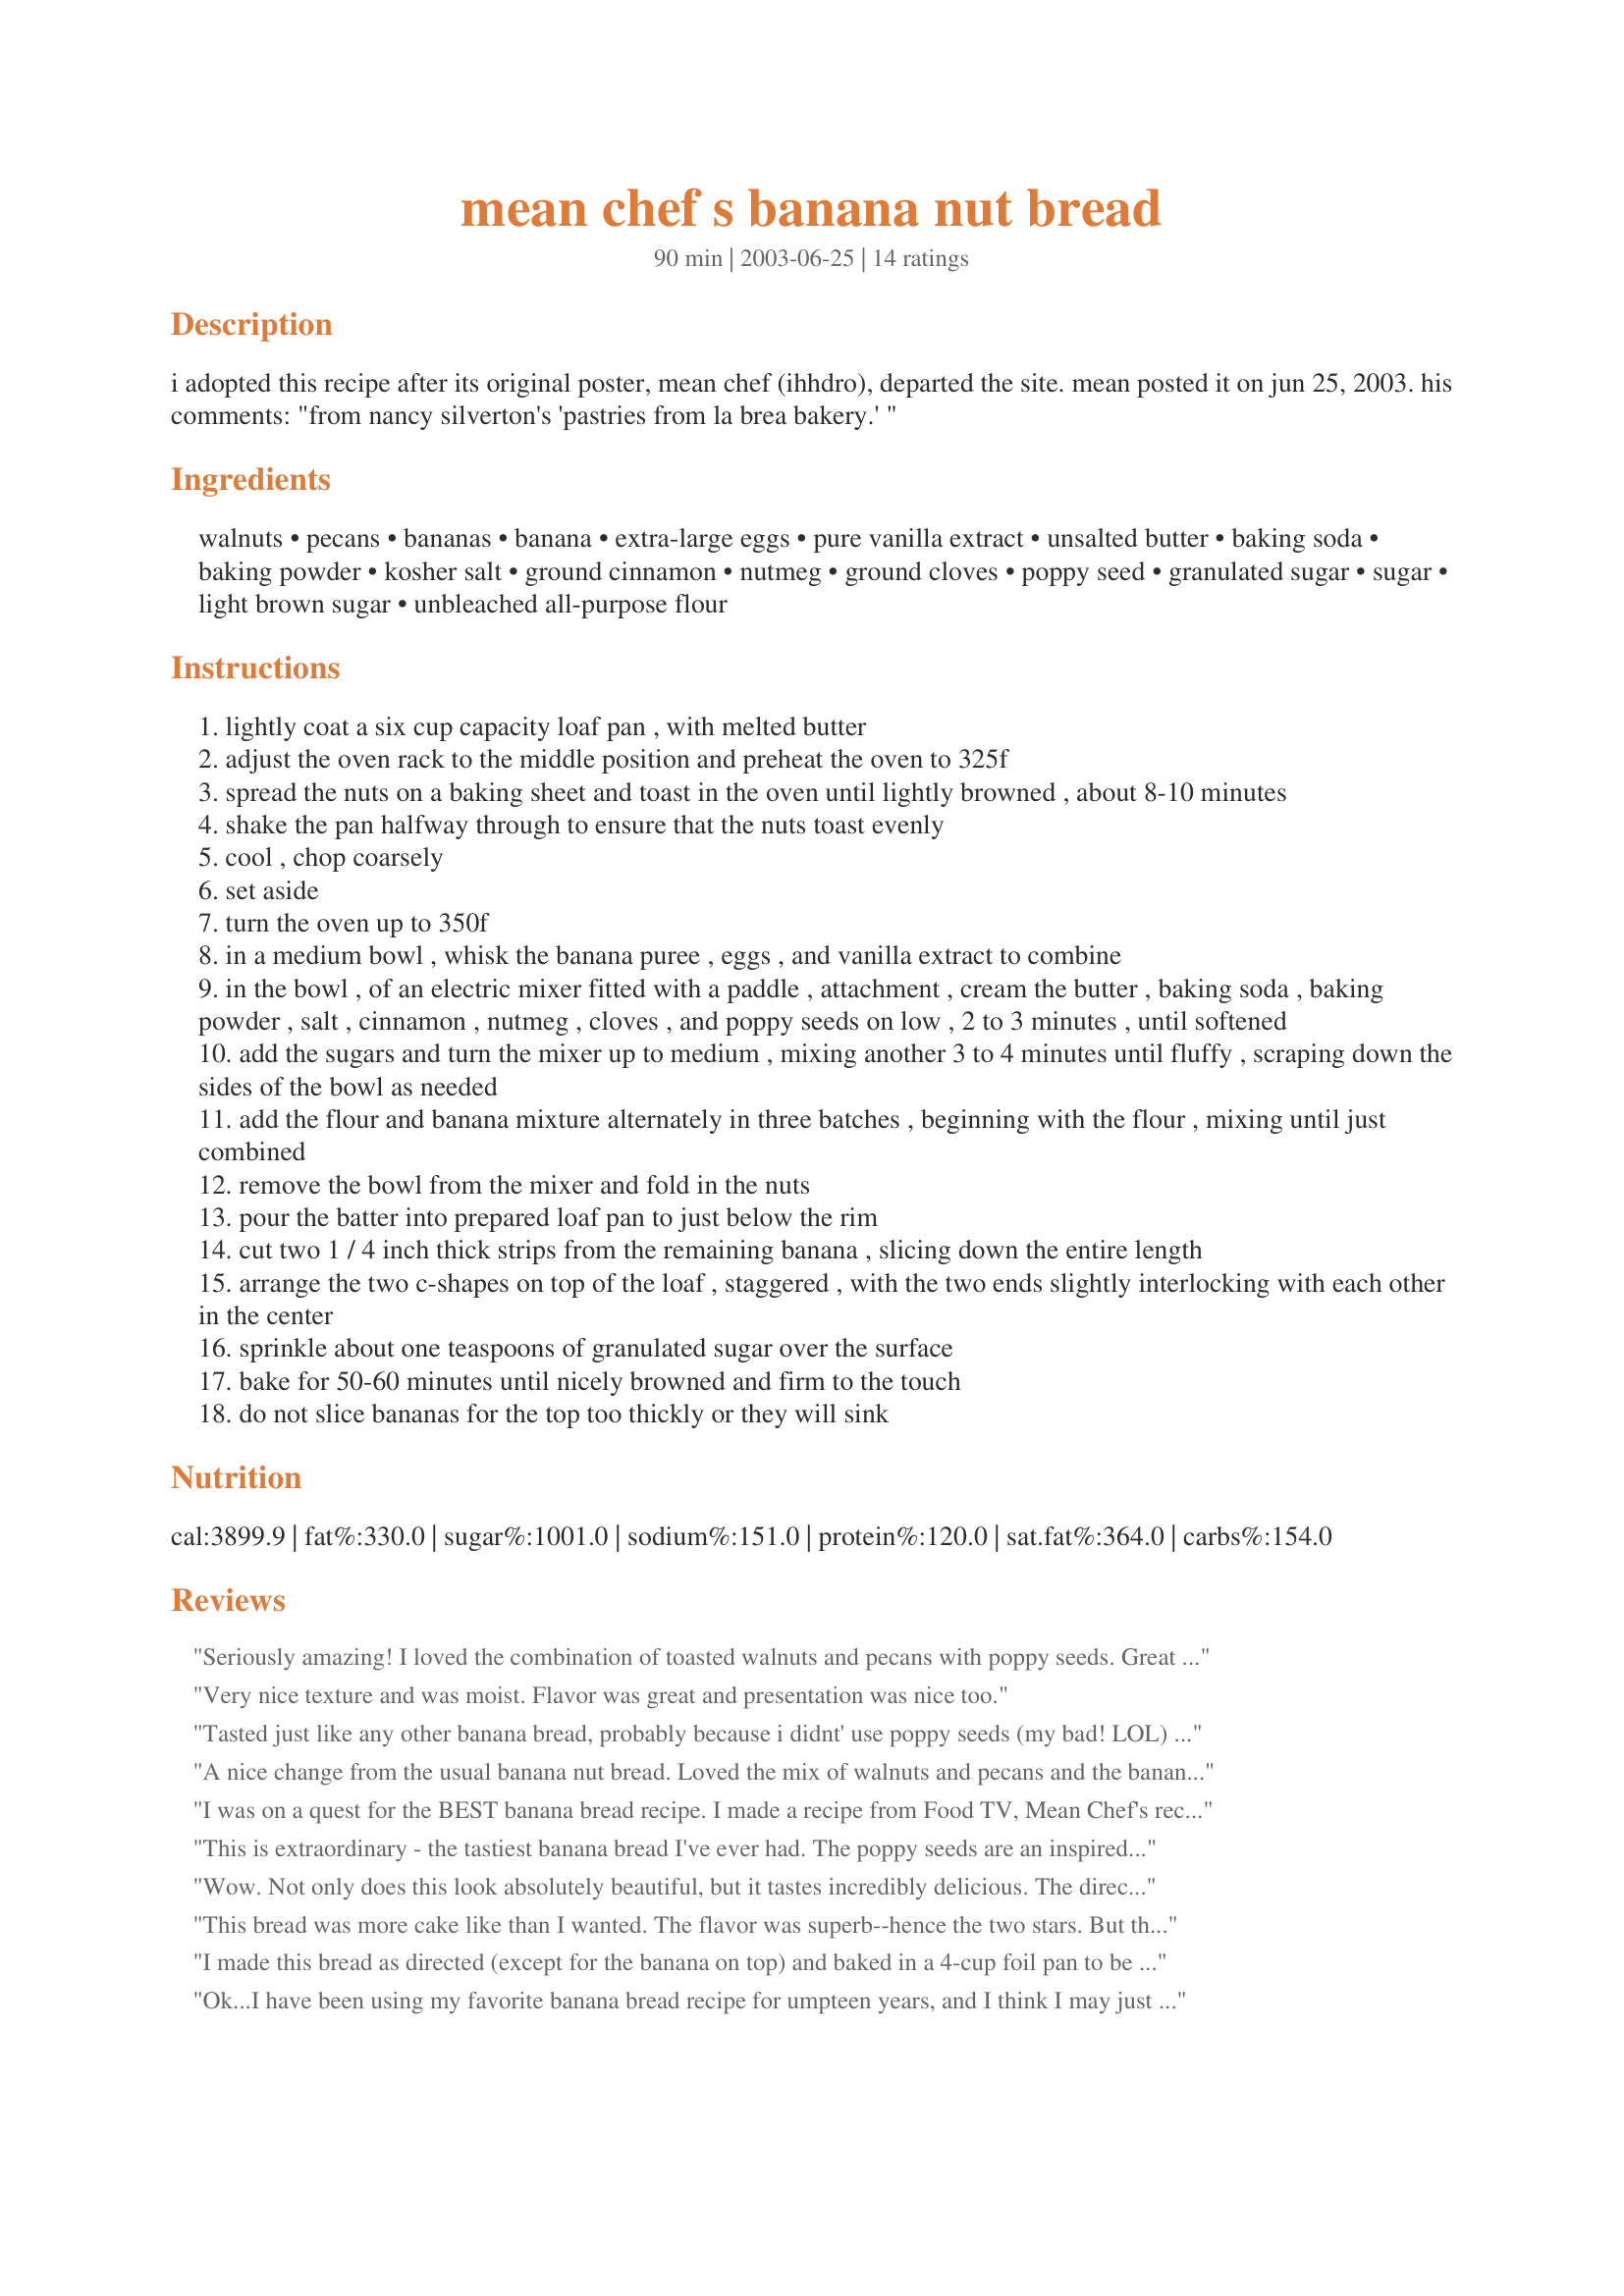
mean chef s banana nut bread
Preparation time: 90 minutes

i adopted this recipe after its original poster, mean chef (ihhdro), departed the site. mean posted it on jun 25, 2003. his comments: "from nancy silverton's 'pastries from la brea bakery.' "

Ingredients:
walnuts, pecans, bananas, banana, extra-large eggs, pure vanilla extract, unsalted butter, baking soda, baking powder, kosher salt, ground cinnamon, nutmeg, ground cloves, poppy seed, granulated sugar, sugar, light brown sugar, unbleached all-purpose flour

Steps:
lightly coat a six cup capacity loaf pan , with melted butter
adjust the oven rack to the middle position and preheat the oven to 325f
spread the nuts on a baking sheet and toast in the oven until lightly browned , about 8-10 minutes
shake the pan halfway through to ensure that the nuts toast evenly
cool , chop coarsely
set aside
turn the oven up to 350f
in a medium bowl , whisk the banana puree , eggs , and vanilla extract to combine
in the bowl , of an electric mixer fitted with a paddle , attachment , cream the butter , baking soda , baking powder , salt , cinnamon , nutmeg , cloves , and poppy seeds on low , 2 to 3 minutes , until softened
add the sugars and turn the mixer up to medium , mixing another 3 to 4 minutes until fluffy , scraping down the sides of the bowl as needed
add the flour and banana mixture alternately in three batches , beginning with the flour , mixing until just combined
remove the bowl from the mixer and fold in the nuts
pour the batter into prepared loaf pan to just below the rim
cut two 1 / 4 inch thick strips from the remaining banana , slicing down the entire length
arrange the two c-shapes on top of the loaf , staggered , with the two ends slightly interlocking with each other in the center
sprinkle about one teaspoons of granulated sugar over the surface
bake for 50-60 minutes until nicely browned and firm to the touch
do not slice bananas for the top too thickly or they will sink

Reviews:
Seriously amazing! I loved the combination of toasted walnuts and pecans with poppy seeds. Great mix of spices, too. I am garnishing/decorating impaired, however the slices of banana on top of the bread are so beautiful when baked and should not be skipped. East to do, just use a banana that's not as ripe for garnish so it will cut smoothly and hold together. I actually have made this twice. The first time I used 1/2 stick of butter by mistake. I have to say, it was better when made correctly but we gobbled down the first loaf with no complaints. Thanks, Mean Chef, for another awesome recipe!
Very nice texture and was moist. Flavor was great and presentation was nice too.
Tasted just like any other banana bread, probably because i didnt' use poppy seeds (my bad! LOL) i reduce the amount of nutmeg (1/2t) and cinn (1/2t) (because i don't want them overpowering the banana taste and they didn't,they're not distinctive at all), i only put 1/2 c of nuts, and i think they're too much, its all you can taste. I guess i'm a plain banana bread girl.
A nice change from the usual banana nut bread. Loved the mix of walnuts and pecans and the banana on top! It fit perfectly in a 7-cup loaf pan. Wish I had lowered temp 25 degrees for glass dish because I think it browned at edges a bit too much. Also it seemed to fall apart, even though I think it moist enough.
I was on a quest for the BEST banana bread recipe. I made a recipe from Food TV, Mean Chef's recipe, and one that has been in my family for ages. I had a "tasting panel" of 3 men, all who claim to be banana bread experts. 

The results: Unanimous Decision ~ Mean Chef is declared the winner!!!

I followed the recipe except it was my personal preference not to use cloves or poppy seeds. 

Thank you, MC! All other banana bread recipes have been removed from my cookbook...yours is the best!
This is extraordinary - the tastiest banana bread I've ever had. The poppy seeds are an inspired addition. One thing, though - it definitely needs an eight-cup loaf pan.
Wow. Not only does this look absolutely beautiful, but it tastes incredibly delicious. The directions are very easy to follow. For some reason it took a bit longer than 60 minutes to finish cooking. Thanks for the recipe meanie! FABULOUS :)
This bread was more cake like than I wanted. The flavor was superb--hence the two stars. But the texture was too crumbly and dry for me.
I made this bread as directed (except for the banana on top) and baked in a 4-cup foil pan to be shipped plus a smaller loaf pan for us. The bread turned out ok, not anywhere near as good as some of the banana breads I've eaten. If I ever make it again, I would definitely cut back on the salt as it left a very distinctive taste. The batter is not so sweet so I would probably add 2 more tbsp of brown sugar. The poppy seeds are nice, but I'd probably leave out the spices so that the banana flavor is not overwhelmed by their complexity. I prefer more light banana breads, this is kind of dense. Much better toasted. Thanks for the recipe!
Ok...I have been using my favorite banana bread recipe for umpteen years, and I think I may just have to switch to this one! This is out of this world delicious. I love the addition of poppy seeds! I even messed up the recipe, and put too much batter in the pan...it overflowed, and was a big mess. I was going to just throw it away and start again, but I decided to sneak a bite of the part that hadn't overflowed. :O omgoodness! I'm so glad I did!!! I salvaged what was in the pan and we had banana bread bits! LOL This is seriously the best banana bread I have ever had. Next time I make it, I'll post a pic. Thanks Mean!
This was a great recipe! I was looking for a recipe to use up some very ripe banans. The bread was very moist and the spices gave it great flavor. I was a little hesitant about the poppyseed, but it worked out well in the recipe. I didn't have kosher salt and used regular table salt, probably a little less than was called for in the recipe. I also used a tube pan instead of a loaf pan and everything worked out very well.
This banana bread is truly amazing. Moist and dense in texture, flavorful and rich in taste. Both the pecans & the walnuts as well as the unusual addition of the poppy seeds help to enhance the quality of this bread. The balance of spices are perfect. There is nothing I could change to make this recipe any better. I followed the directions completely for an excellent product. If I never looked for another banana bread recipe, I wouldn't miss a thing. This recipe may very well be the perfect banana bread.
I followed this recipe except the banana slices on top and I roasted the whole bananas until the skins were black (325')and let them cool. Americas test kitchen said that bananas have a sweeter, more intense banana flavor when done this way. I also only used 1/2 c of each nut. I thought the amount of salt was fine but I did use Kosher salt.If using table salt I would think about decreasing. Bread was dense. We liked that. GREAT RECIPE.
This is the *best* banana nut bread recipe I've used. My only variation was I added about a tsp of ground ginger (i like ginger w/bananas). Anyway, I took 2 loaves in to work and everyone loved it-one coworker even offered to pay me to bring in 2 more for her and her husband. Thanks MeanChef!
